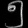
Digit: ၅